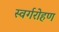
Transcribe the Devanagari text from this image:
स्वर्गरोहण